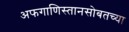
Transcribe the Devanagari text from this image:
अफगाणिस्तानसोबतच्या